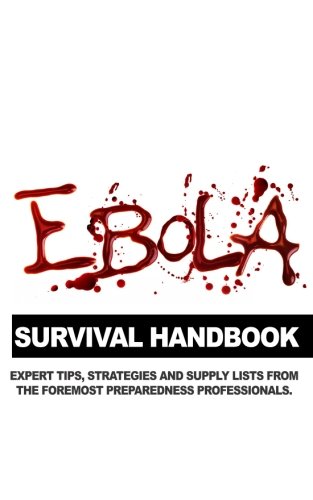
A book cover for Ebola Survival Handbook: A Collection of Tips, Strategies, and Supply Lists From Some of the World's Best Preparedness Professionals; Mac Slavo; Health, Fitness & Dieting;